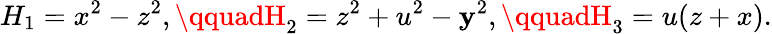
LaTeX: H_{1}=x^{2}-z^{2},\qquadH_{2}=z^{2}+u^{2}-\mathbf{y}^{2},\qquadH_{3}=u(z+x).